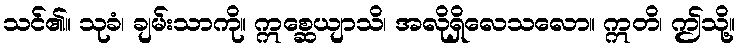
သင်၏။ သုခံ၊ ချမ်းသာကို။ ဣစ္ဆေယျာသိ၊ အလိုရှိလေသလော။ ဣတိ၊ ဤသို့။